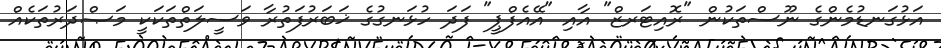
އަޅުގަނޑުމެންގެ ނޫސްތަކުން "ރޮއިޓަރޒް" އާއި "އޭއެފްޕީ" ފަދަ ހުޅަނގުގެ ޚަބަރުފަތުރާ ވަސީލަތްތަކަކީ މަޞްދަރުތަކެއް